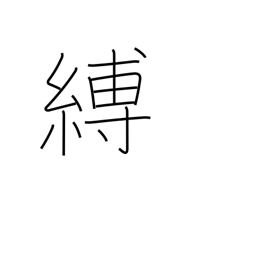
Meaning: arrest